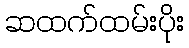
ဆထက်ထမ်းပိုး